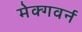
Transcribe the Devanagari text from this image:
मेक्गवर्न